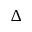
\Delta